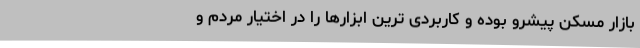
بازار مسکن پیشرو بوده و کاربردی ترین ابزارها را در اختیار مردم و